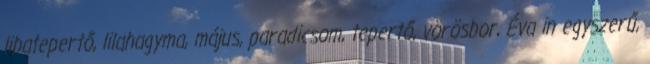
libatepertő, lilahagyma, május, paradicsom, tepertő, vörösbor, Éva in egyszerű,